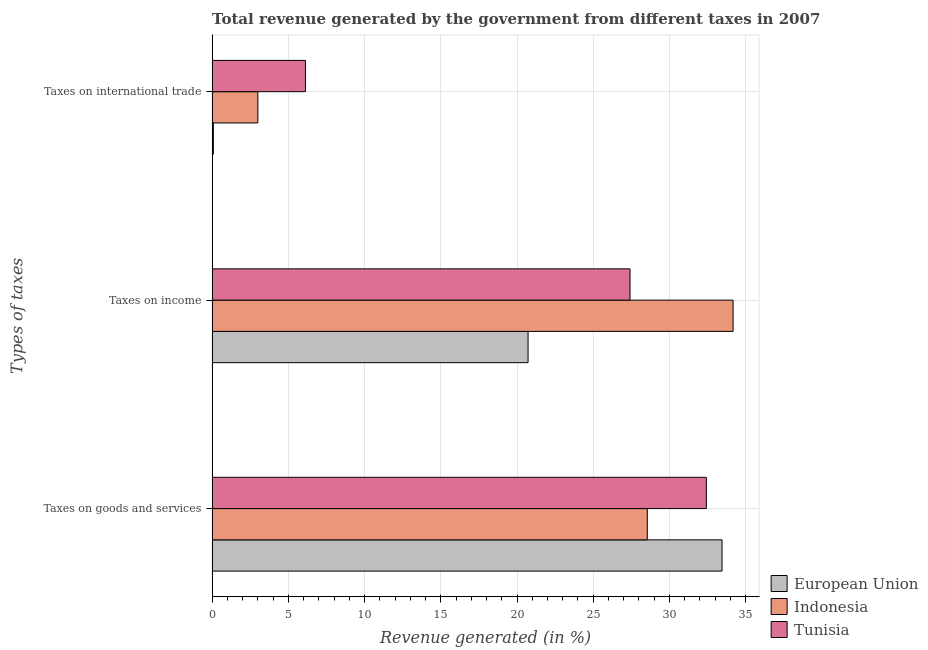
| Types of taxes | European Union | Indonesia | Tunisia |
 | --- | --- | --- | --- |
 | Taxes on goods and services | 33.5 | 28.5 | 32.4 |
 | Taxes on income | 20.7 | 34.2 | 27.4 |
 | Taxes on international trade | 0.0807 | 3 | 6.12 |